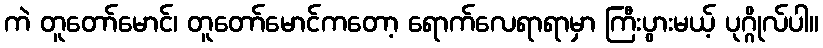
ကဲ တူတော်မောင်၊ တူတော်မောင်ကတော့ ရောက်လေရာရာမှာ ကြီးပွားမယ့် ပုဂ္ဂိုလ်ပါ။